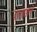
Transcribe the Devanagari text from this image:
पाखडले